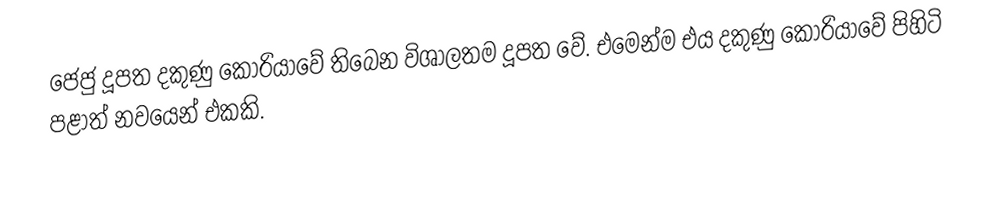
ජෙජු දූපත දකුණු කොරියාවේ තිබෙන විශාලතම දූපත වේ. එමෙන්ම එය දකුණු කොරියාවේ පිහිටි පළාත් නවයෙන් එකකි.